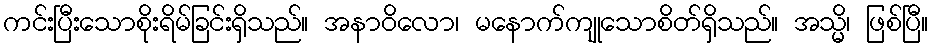
ကင်းပြီးသောစိုးရိမ်ခြင်းရှိသည်။ အနာဝိလော၊ မနောက်ကျုသောစိတ်ရှိသည်။ အသ္မိ၊ ဖြစ်ပြီ။